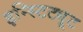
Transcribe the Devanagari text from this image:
इन्स्टिट्यूट